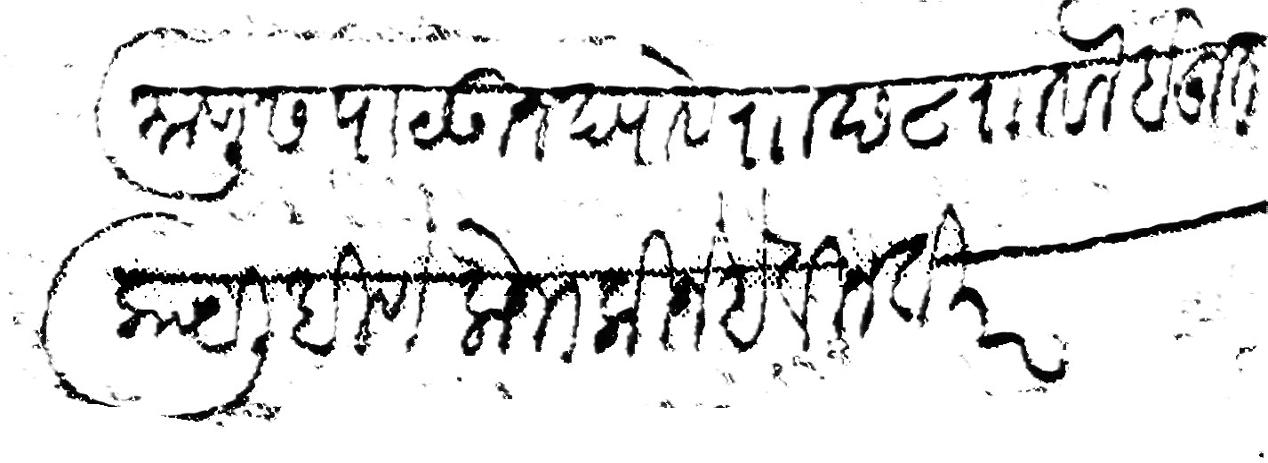
Transliteration (Devanagari): माणूस पाटऊन द्यावे र छ ८ र वल बहुत काय लिहिणे लोभ कीजे हे विनंती